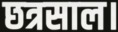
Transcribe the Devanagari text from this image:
छत्रसाल।